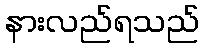
နားလည်ရသည်